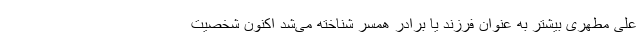
علی مطهری بیشتر به عنوان فرزند یا برادر همسر شناخته می‌شد اکنون شخصیت